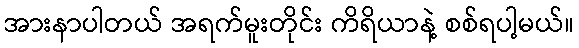
အားနာပါတယ် အရက်မူးတိုင်း ကိရိယာနဲ့ စစ်ရပါ့မယ်။